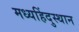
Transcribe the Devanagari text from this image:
मध्यहिंदुस्थान